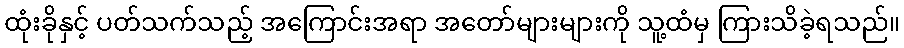
ထုံးခိုနှင့် ပတ်သက်သည့် အကြောင်းအရာ အတော်များများကို သူ့ထံမှ ကြားသိခဲ့ရသည်။